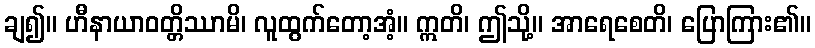
ချ၍။ ဟီနာယာဝတ္တိဿာမိ၊ လူထွက်တော့အံ့။ ဣတိ၊ ဤသို့။ အာရေစေတိ၊ ပြောကြား၏။